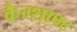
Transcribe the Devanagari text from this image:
कैम्शाफ्ट